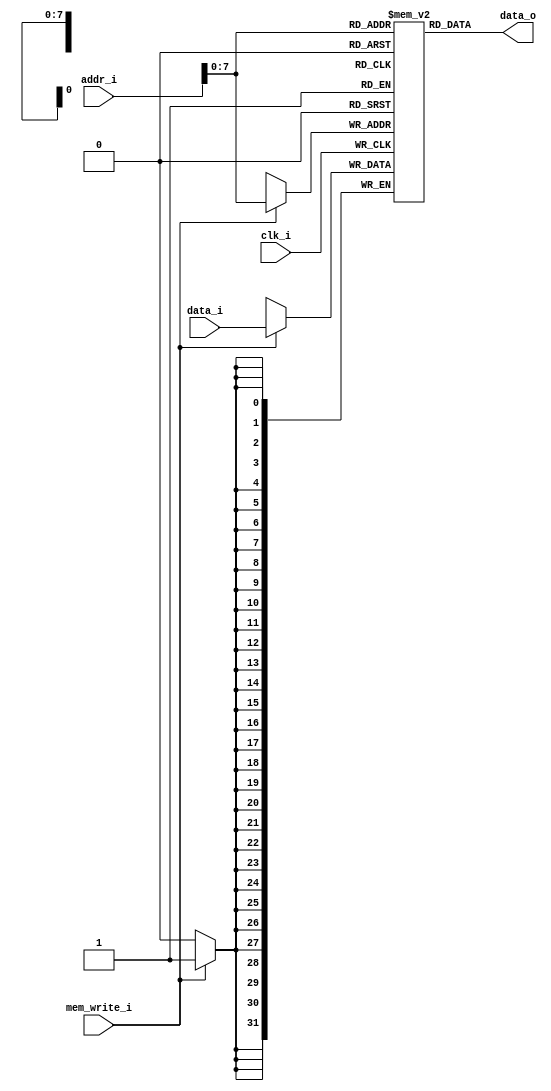
module Data_Memory
(
	clk_i,
    addr_i,
	data_i,
	mem_write_i,
	data_o,
);

// Interface
input   [31:0]      addr_i;
input[31:0] data_i;
input mem_write_i,clk_i;
output[31:0]data_o;

// Data memory
reg     [31:0]     memory  [0:255];

assign data_o=memory[addr_i];

always @(posedge clk_i) begin
	if(mem_write_i==1'b1)begin
		memory[addr_i]<=data_i;
	end
end

endmodule